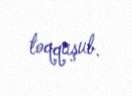
toqquşub.